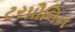
ટરપૌલિન